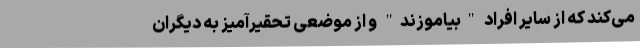
می‌کند که از سایر افراد "بیاموزند" و از موضعی تحقیرآمیز به دیگران